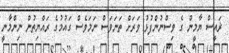
ޜައީސް ޔާމީން ގެ ވިސްނުންފުޅު ވަރަށް ތަނަވަސް ނަމަވެސް ގައުމުގެ ރައްޔިތުން ނިންމާނީ